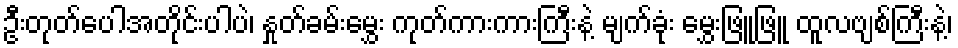
ဦးတုတ်ပေါအတိုင်းပါပဲ၊ နှုတ်ခမ်းမွှေး ကုတ်ကားကားကြီးနဲ့ မျက်ခုံး မွှေးဖြူဖြူ ထူလဗျစ်ကြီးနဲ့၊